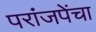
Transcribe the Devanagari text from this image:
परांजपेंचा